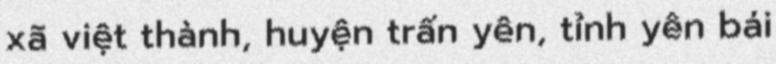
xã việt thành, huyện trấn yên, tỉnh yên bái